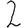
Digit: 2